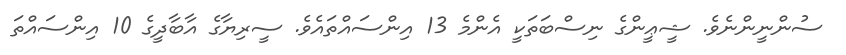
ސުންނީންނެވެ. ޝީޢީންގެ ނިސްބަތަކީ އެންމެ 13 އިންސައްތައެވެ. ސީރިޔާގެ އާބާދީގެ 10 އިންސައްތަ